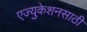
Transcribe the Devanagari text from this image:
एज्युकेशनसाठी